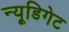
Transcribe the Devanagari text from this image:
न्यू्डिगेट